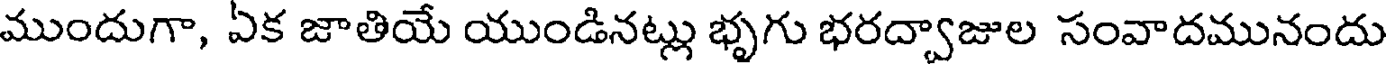
ముందుగా, ఏక జాతియే యుండినట్లు భృగు భరద్వాజుల సంవాదమునందు